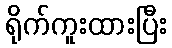
ရိုက်ကူးထားပြီး